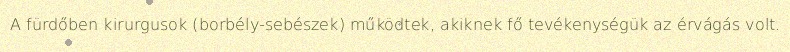
A fürdőben kirurgusok (borbély-sebészek) működtek, akiknek fő tevékenységük az érvágás volt.